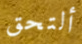
ألتحق